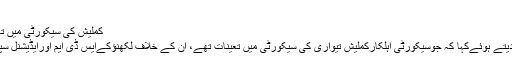
فائل فوٹو
کملیش کی سیکورٹی میں تعینات افسران پرہوگی کارروائی
کمشنرمکیش میشرام نےاطلاع دیتے ہوئےکہا کہ جوسیکورٹی اہلکارکملیش تیواری کی سیکورٹی میں تعینات تھے، ان کے خلاف لکھنؤکےایس ڈی ایم اورایڈیشنل سپرنٹنڈنٹ پولیس جانچ کریں گے۔